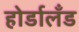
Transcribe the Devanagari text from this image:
होर्डालँड